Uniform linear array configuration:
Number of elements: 8
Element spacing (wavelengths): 1
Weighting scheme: binomial
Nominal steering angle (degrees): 60
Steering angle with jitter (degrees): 58.652
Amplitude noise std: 0.05
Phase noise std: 0.05

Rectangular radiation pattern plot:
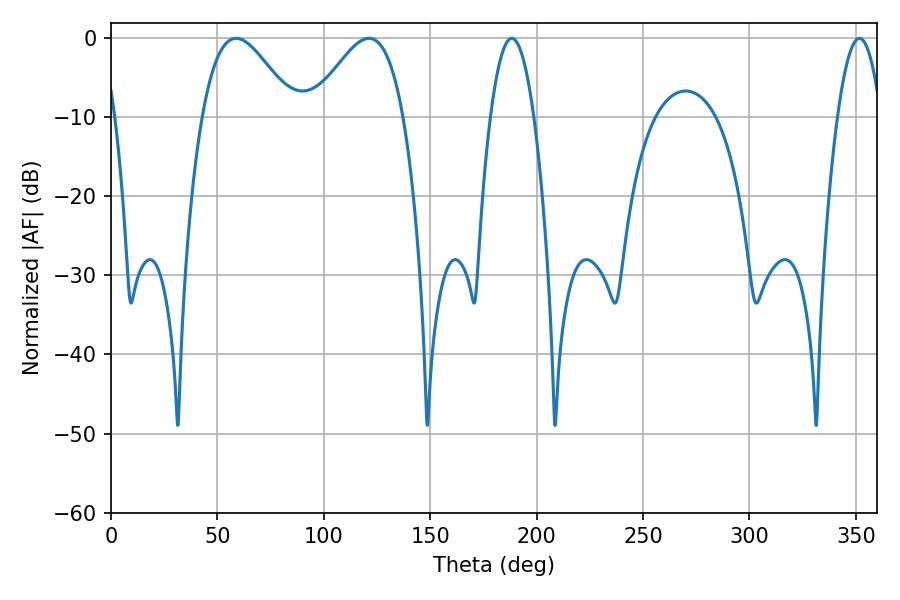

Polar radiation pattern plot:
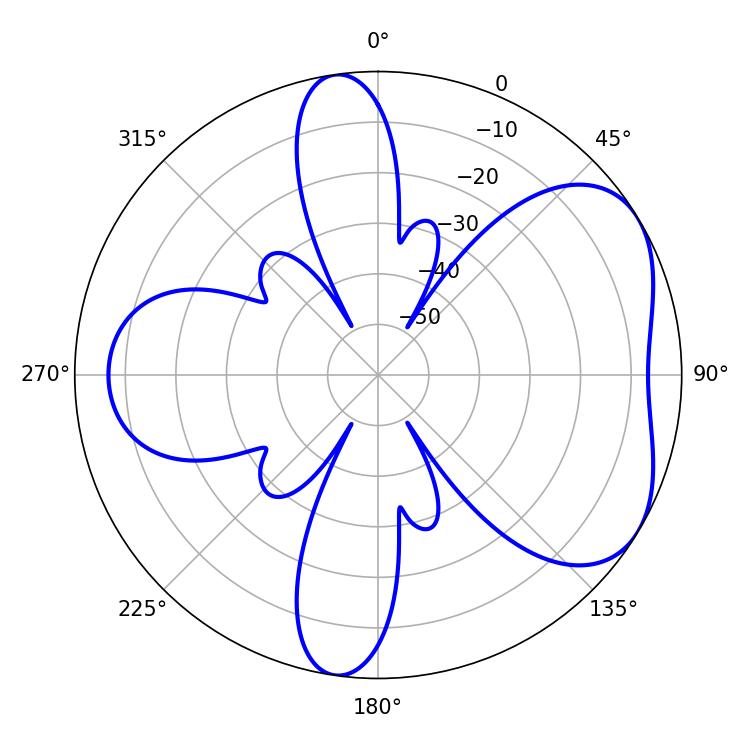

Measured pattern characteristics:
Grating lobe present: TRUE
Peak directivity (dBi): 5.012
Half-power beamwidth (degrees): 23.04
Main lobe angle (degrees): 58.86